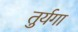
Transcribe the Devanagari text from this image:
तुर्यगा